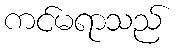
ကင်မရာသည်